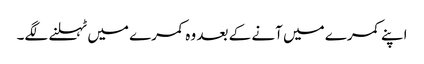
اپنے کمرے میں آنے کے بعد وہ کمرے میں ٹہلنے لگے۔